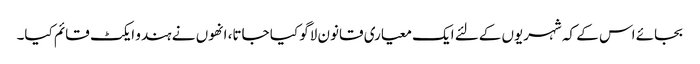
بجائے اس کے کہ شہریوں کےلئے ایک معیاری قانون لاگو کیا جاتا، انھوں نے ہندو ایکٹ قائم کیا۔